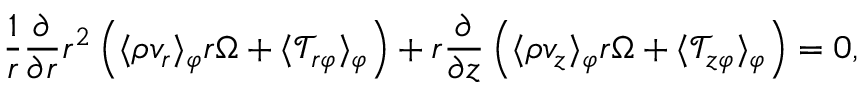
\frac { 1 } { r } \frac { \partial } { \partial r } r ^ { 2 } \left( \langle \rho v _ { r } \rangle _ { \varphi } r \Omega + \langle \mathcal { T } _ { r \varphi } \rangle _ { \varphi } \right) + r \frac { \partial } { \partial z } \left( \langle \rho v _ { z } \rangle _ { \varphi } r \Omega + \langle \mathcal { T } _ { z \varphi } \rangle _ { \varphi } \right) = 0 ,